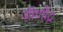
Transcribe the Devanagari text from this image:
जीर्णोद्र